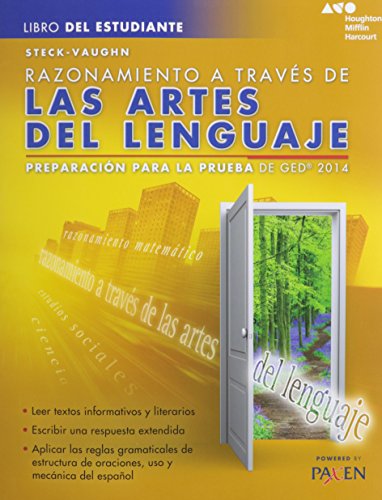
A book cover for Steck-Vaughn GED: Test Prep 2014 GED Reasoning Through Language Arts Spanish Student Edition 2014 (Spanish Edition); STECK-VAUGHN; Test Preparation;